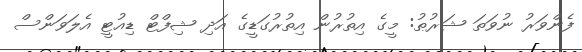
ފެންވަރު ނުވަތަ ޝަރުޠު: މީގެ އިތުރުން އިތުރުގަޑީގެ އަދި ޝިފްޓް ޑިއުޓީ އެލަވަންސް